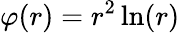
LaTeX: \varphi(r)=r^{2}\ln(r)